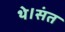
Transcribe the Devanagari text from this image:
थे।संत